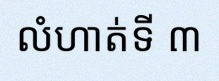
លំហាត់ទី ៣